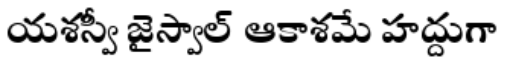
యశస్వీ జైస్వాల్ ఆకాశమే హద్దుగా